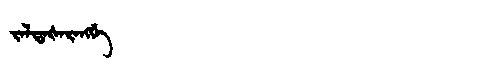
Manchu: ᠵᠠᠯᡩᠠᡧᠠᡵᠠᠩᡤᡝ
Romanization: JALDAŠARANGGE